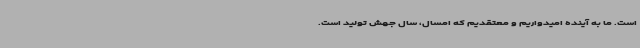
است. ما به آینده امیدواریم و معتقدیم که امسال، سال جهش تولید است.